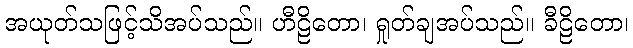
အယုတ်သဖြင့်သိအပ်သည်။ ဟီဠိတော၊ ရှုတ်ချအပ်သည်။ ခီဠိတော၊